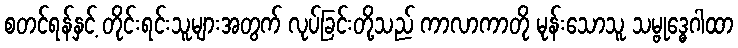
စတင်ရန်နှင့် တိုင်းရင်းသူများအတွက် လုပ်ခြင်းတို့သည် ကာလာကာတို မုန်းသောသူ သမ္ဗုဒ္ဓေဂါထာ